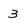
Character: 3